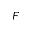
\boldsymbol { F }